Indian journal of veterinary science and animal husbandry - Volume 4,
Year: 1934
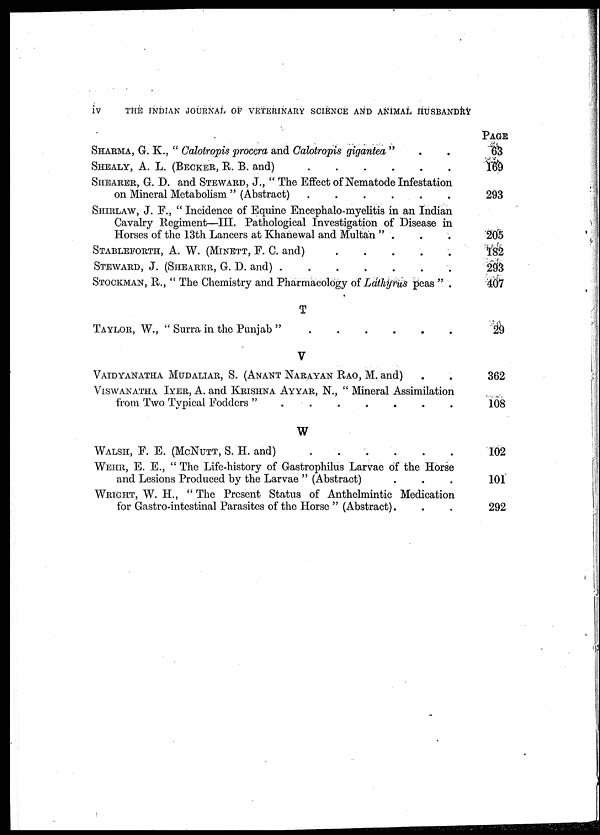
iv
THE INDIAN JOURNAL OF VETERINARY SCIENCE AND ANIMAL HUSBANDRY
SHARMA, G. K., " Calotropis procera and Calotropis gigantea " . .
SHEALY, A. L. (BECKER, R. B. and)
.
.
.
.
.
.
SHEARER, G. D. and STEWARD, J., " The Effect of Nematode Infestation
on Mineral Metabolism " (Abstract)
.
.
.
.
.
.
SHIRLAW, J. F., " Incidence of Equine Encephalo-myelitis in an Indian
Cavalry Regiment—III. Pathological Investigation of Disease in
Horses of the 13th Lancers at Khanewal and Multan " . . .
STABLEFORTH, A. W. (MINETT, F. C. and) . . . . .
STEWARD, J. (SHEARER, G. D. and)
.
.
.
.
.
.
.
STOCKMAN, R., " The Chemistry and Pharmacology of Lathyrus peas " .
T
TAYLOR, W., " Surra in the Punjab ". . . . . .
V
VAIDYANATHA MUDALIAR, S. (ANANT NARAYAN RAO, M. and) . .
VISWANATHA IYER, A. and KRISHNA AYYAR, N., " Mineral Assimilation
from Two Typical Fodders " . . . . . .
W
WALSH, F. E. (MCNUTT, S. H. and)
.
.
.
.
.
.
WEHR, E. E., " The Life-history of Gastrophilus Larvae of the Horse
and Lesions Produced by the Larvae " (Abstract) . . .
WRIGHT, W. H., " The Present Status of Anthelmintic Medication
for Gastro-intestinal Parasites of the Horse " (Abstract). . .
PAGE
63
169
293
205
182
293
407
29
362
108
102
101
292